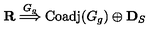
\mathbf { R } \stackrel { G _ { g } } { \Longrightarrow } \mathrm { C o a d j } ( G _ { g } ) \oplus \mathbf { D } _ { S }